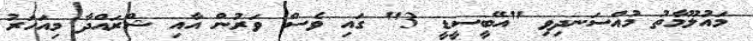
މައުލޫމާތު މުއްސަނދިވި "އޭބީސީޑީ 3" ގައި ވެސް ވަރުން އާއި ޝްރައްދާ މިއަހަރު